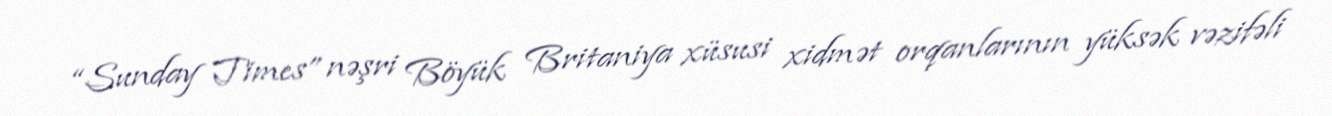
“Sunday Times” nəşri Böyük Britaniya xüsusi xidmət orqanlarının yüksək vəzifəli